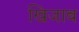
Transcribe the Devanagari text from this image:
खिजाब